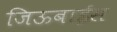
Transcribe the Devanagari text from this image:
जिऊबाईस